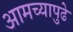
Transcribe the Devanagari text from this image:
आमच्यापुढे